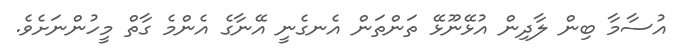
އުސާމާ ބިން ލާދިން އުޅޭނޫޅޭ ތަންތަން އެނގެނީ އޭނާގެ އެންމެ ގާތް މީހުންނަށެވެ.